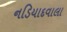
નડિયાદવાલા